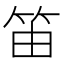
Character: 笛